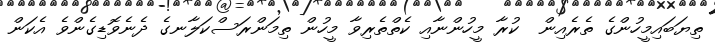
ތިޔަބައިމީހުންގެ ތެރެއިން  ކުރާ މީހުންނާއި ކެތްތެރިވާ މީހުން ތިމަންރަސްކަލާނގެ ދެނެވޮޑިގެންވެ އެކަން